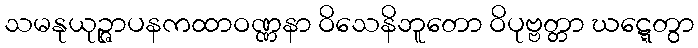
သမနုယုဉ္ဇာပနကထာဝဏ္ဏနာ ဝိသေနိဘူတော ဝိပုဗ္ဗတ္တာ ဃဋ္ဋေတွာ